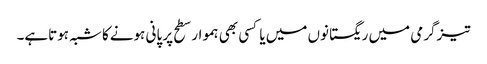
تیزگرمی میں ریگستانوں میں یا کسی بھی ہموار سطح پر پانی ہونےکا شبہ ہوتاہے۔